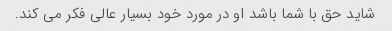
شاید حق با شما باشد او در مورد خود بسیار عالی فکر می کند.